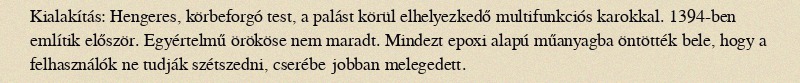
Kialakítás: Hengeres, körbeforgó test, a palást körül elhelyezkedő multifunkciós karokkal. 1394-ben említik először. Egyértelmű örököse nem maradt. Mindezt epoxi alapú műanyagba öntötték bele, hogy a felhasználók ne tudják szétszedni, cserébe jobban melegedett.